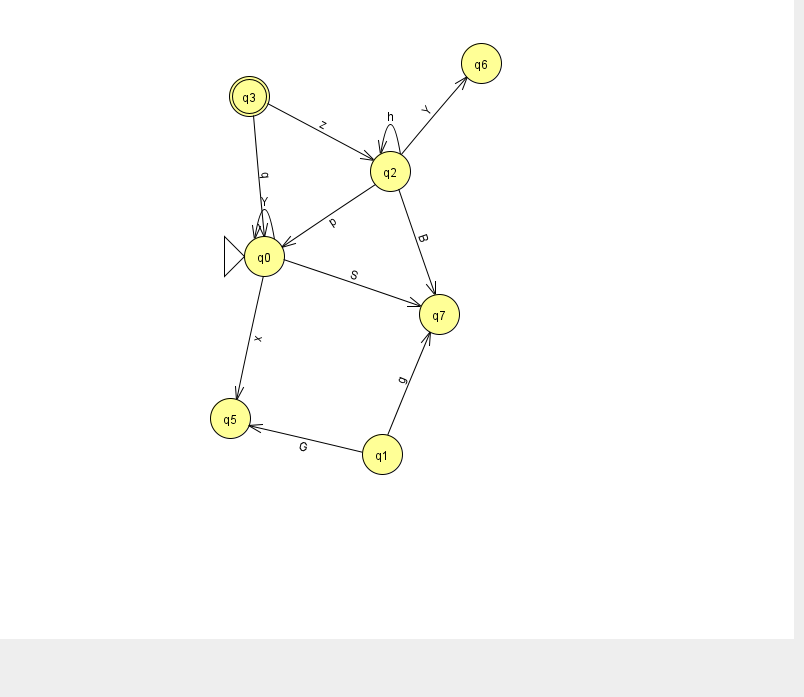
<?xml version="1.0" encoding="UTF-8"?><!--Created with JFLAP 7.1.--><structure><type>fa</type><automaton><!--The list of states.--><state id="0" name="q0"><x>264.0</x><y>243.0</y><initial/></state><state id="1" name="q1"><x>382.0</x><y>441.0</y></state><state id="2" name="q2"><x>390.0</x><y>158.0</y></state><state id="3" name="q3"><x>249.0</x><y>83.0</y><final/></state><state id="5" name="q5"><x>230.0</x><y>405.0</y></state><state id="6" name="q6"><x>481.0</x><y>50.0</y></state><state id="7" name="q7"><x>439.0</x><y>301.0</y></state><!--The list of transitions.--><transition><from>0</from><to>5</to><read>x</read></transition><transition><from>0</from><to>7</to><read>S</read></transition><transition><from>3</from><to>2</to><read>z</read></transition><transition><from>1</from><to>7</to><read>g</read></transition><transition><from>2</from><to>6</to><read>Y</read></transition><transition><from>2</from><to>0</to><read>p</read></transition><transition><from>2</from><to>7</to><read>B</read></transition><transition><from>2</from><to>2</to><read>h</read></transition><transition><from>0</from><to>0</to><read>Y</read></transition><transition><from>1</from><to>5</to><read>G</read></transition><transition><from>3</from><to>0</to><read>q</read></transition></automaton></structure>